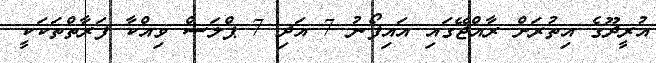
އުރީދޫގެ އިތުރަށް ރާއްޖޭގައި އައިފޯނު 7 އަދި 7 ޕްލަސް ވިއްކާ ފަރާތްތަކަކީ